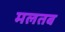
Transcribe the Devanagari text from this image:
मलतब